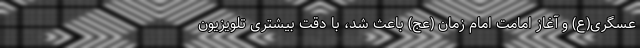
عسگری(ع) و آغاز امامت امام زمان (عج) باعث شد، با دقت بیشتری تلویزیون